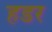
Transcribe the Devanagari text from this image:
हडर